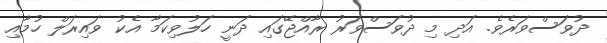
ދުވަސްވަރެވެ. އަދި މި ދުވަސްވަރު ރާއްޖޭގައި ދަނީ ހަލުވިކަމާ އެކު ވައިރަލް ހުމާއި